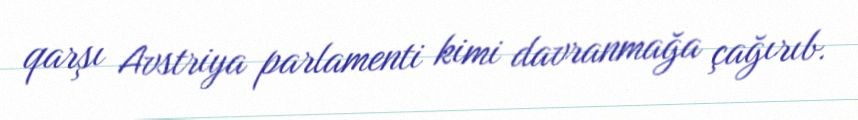
qarşı Avstriya parlamenti kimi davranmağa çağırıb.